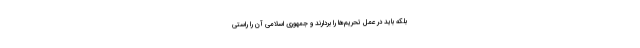
بلکه باید در عمل تحریم‌ها را بردارند و جمهوری اسلامی آن را راستی‌